Civil Veterinary Department Bihar & Orissa reports 1922-29 - 1922-1929
Year: 1922
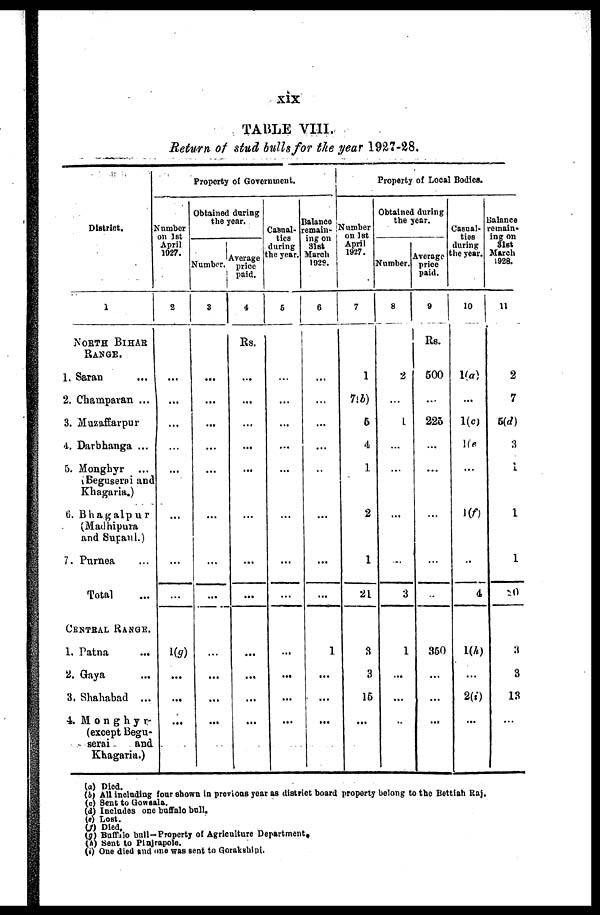
xix
TABLE VIII.
Return of stud bulls for the year 1927-28.
District.
1
NORTH BIHAR
RANGE.
1. Saran
2. Champaran ...
3. Muzaffarpur
4. Darbhanga ...
5. Monghyr
Beguserai and
Khagaria,)
6. Bhagalpur
(Madhipura
and Supaul.)
7. Puraea
Total
CENTRAL RANGE.
1. Patna
2. Gaya
...
3. Shahabad ...
4. M o n g h y r-
(except Begu-
serai
and
Khagaria.)
Property of Government.
Number
on 1st
April
1027.
2
...
...
...
...
...
1(g))
...
...
...
Obtained during
the year.
Number
3
...
...
...
...
...
...
...
...
...
...
...
...
Average
price
paid.
4
Rs.
...
...
...
...
...
...
...
...
...
...
...
Casual-
ties
during
the year.
5
...
...
...
...
...
...
...
...
...
...
...
remain-
ing on
31st
March
1929.
6
...
...
...
...
...
...
...
...
1
...
...
...
Property of Local Bodies.
Number
on 1st
April
1927.
7
1
7(b)
6
4
1
2
1
21
3
3
15
...
Obtained during
the year.
Number.
8
2
...
1
...
...
...
...
3
1
...
...
...
9
Rs.
500
...
225
...
...
...
...
...
350
...
...
Casual-
ties
during
the year.
10
1(a)
...
1(c)
l(e)
...
1(f)
...
4
1(A)
...
2(i)
...
Balance
remain*
ing on
31st
March
1928.
11
2
7
5(d)
3
1
1
1
20
3
3
13
...
(a) Died.
(b) All including four shown in previous year as district board property belong to the Bettlah Raj.
(c) Sent to Gowsala.
(d) Includes one buffalo bull.
(e) Lost.
(f) Died,
(g) Buffalo bull-Property of Agriculture Department,
(h) Sent to Pinjrapole.
(i) One died and one was Bent to Gorakshini.